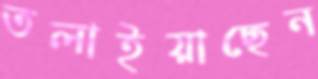
তলাইয়াছেন